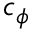
c _ { \phi }